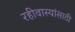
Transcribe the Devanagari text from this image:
रहीवास्यांसाठी